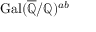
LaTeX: { \mathrm { G a l } } ( { \overline { { \mathbb { Q } } } } / \mathbb { Q } ) ^ { a b }